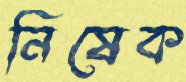
নিষেক